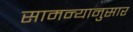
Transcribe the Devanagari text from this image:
सामन्यानुसार